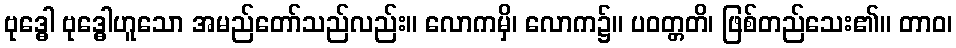
ဗုဒ္ဓေါ ဗုဒ္ဓေါဟူသော အမည်တော်သည်လည်း။ လောကမှိ၊ လောက၌။ ပဝတ္တတိ၊ ဖြစ်တည်သေး၏။ တာဝ၊